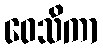
ဝေသိကာ